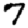
Digit: 7